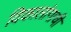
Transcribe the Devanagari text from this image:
विकालांगाची